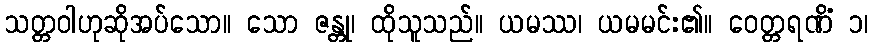
သတ္တဝါဟုဆိုအပ်သော။ သော ဇန္တု၊ ထိုသူသည်။ ယမဿ၊ ယမမင်း၏။ ဝေတ္တရဏိံ ၁၊